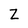
Character: Z